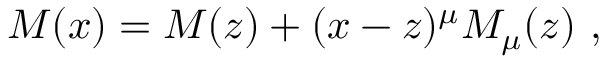
{ \cal M } ( x ) = { \cal M } ( z ) + ( x - z ) ^ { \mu } { \cal M } _ { \mu } ( z ) \ ,